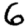
Digit: 6